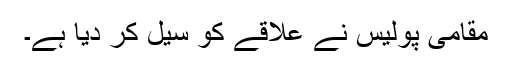
مقامی پولیس نے علاقے کو سِیل کر دیا ہے۔